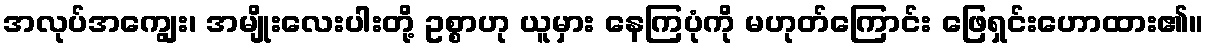
အလုပ်အကျွေး၊ အမျိုးလေးပါးတို့ ဥစ္စာဟု ယူမှား နေကြပုံကို မဟုတ်ကြောင်း ဖြေရှင်းဟောထား၏။